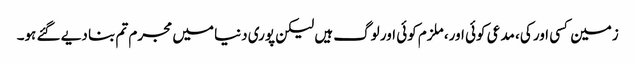
زمین کسی اور کی، مدعی کوئی اور، ملزم کوئی اور لوگ ہیں لیکن پوری دنیا میں مجرم تم بنا دیے گئے ہو۔